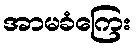
အာမခံကြေး